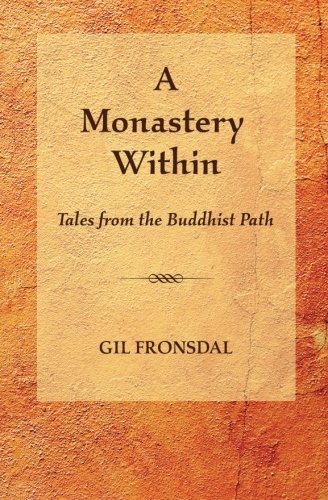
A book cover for A Monastery Within: Tales from the Buddhist Path; Gil Fronsdal; Religion & Spirituality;